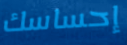
إحساسك